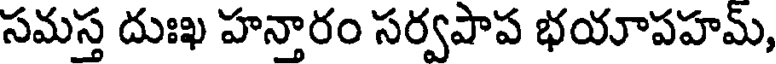
సమస్త దుఃఖ హన్తారం సర్వపాప భయాపహమ్,